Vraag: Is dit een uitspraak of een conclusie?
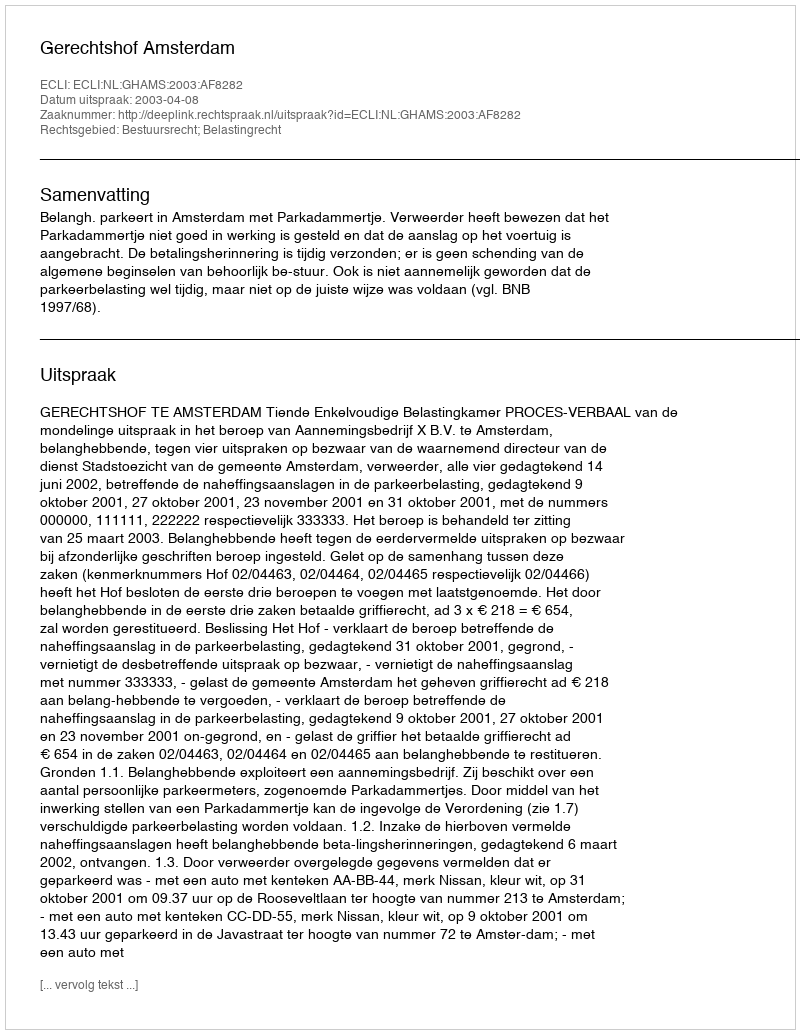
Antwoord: Uitspraak